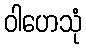
ဝါဟေသုံ